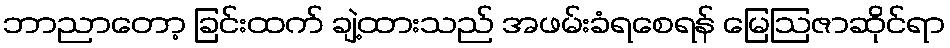
ဘာညာတော့ ခြင်းထက် ချဲ့ထားသည် အဖမ်းခံရစေရန် မြေဩဇာဆိုင်ရာ